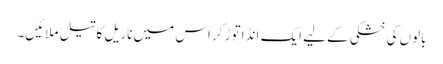
بالوں کی خشکی کے لیے ایک انڈا توڑ کر اس میں ناریل کا تیل ملائیں۔